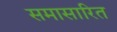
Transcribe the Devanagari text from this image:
समासारित